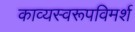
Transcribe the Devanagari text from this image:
काव्यस्वरूपविमर्श